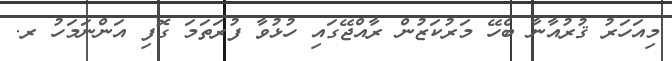
މިއަހަރު ޤުރުއާނާ ބެހޭ މަރުކަޒުން ރާއްޖޭގައި ހުޅުވާ ފުރަތަމަ ގޮފި އަންނަމަހު ރ.